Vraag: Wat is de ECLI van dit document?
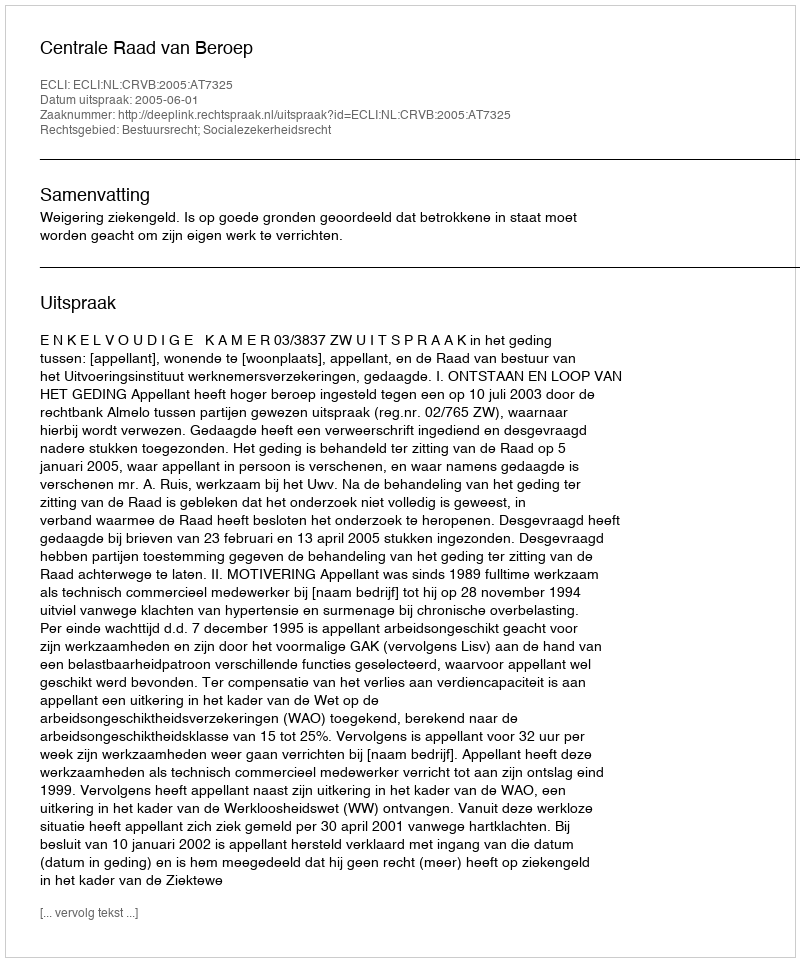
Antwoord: ECLI:NL:CRVB:2005:AT7325